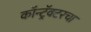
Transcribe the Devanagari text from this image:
कॉन्ट्रॅक्टरचा